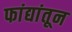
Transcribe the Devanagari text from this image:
फांद्यांतून